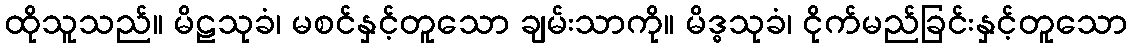
ထိုသူသည်။ မိဠသုခံ၊ မစင်နှင့်တူသော ချမ်းသာကို။ မိဒ္ဓသုခံ၊ ငိုက်မည်ခြင်းနှင့်တူသော